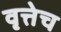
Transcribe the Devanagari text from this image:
वृत्तेच